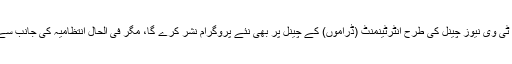
خیال کیا جا رہا ہے کہ جلد ہی پی ٹی وی نیوز چینل کی طرح انٹرٹینمنٹ (ڈراموں) کے چینل پر بھی نئے پروگرام نشر کرے گا، مگر فی الحال انتظامیہ کی جانب سے ایسا کوئی اعلان سامنے نہیں آیا۔